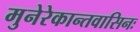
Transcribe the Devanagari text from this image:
मुनेरेकान्तवासिनः